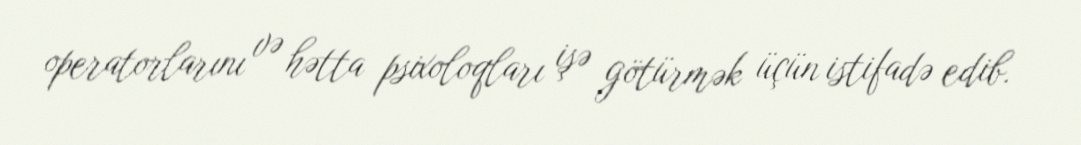
operatorlarını və hətta psixoloqları işə götürmək üçün istifadə edib.